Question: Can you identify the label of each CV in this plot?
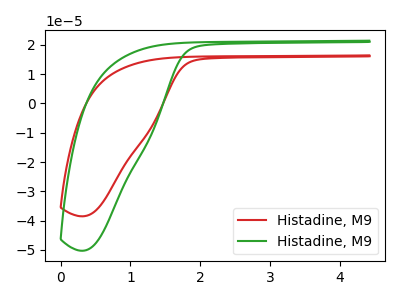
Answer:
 <answer>The red curve is labeled "Histadine, M91". The green curve is labeled "Histadine, M92".</answer>
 <eval></eval>